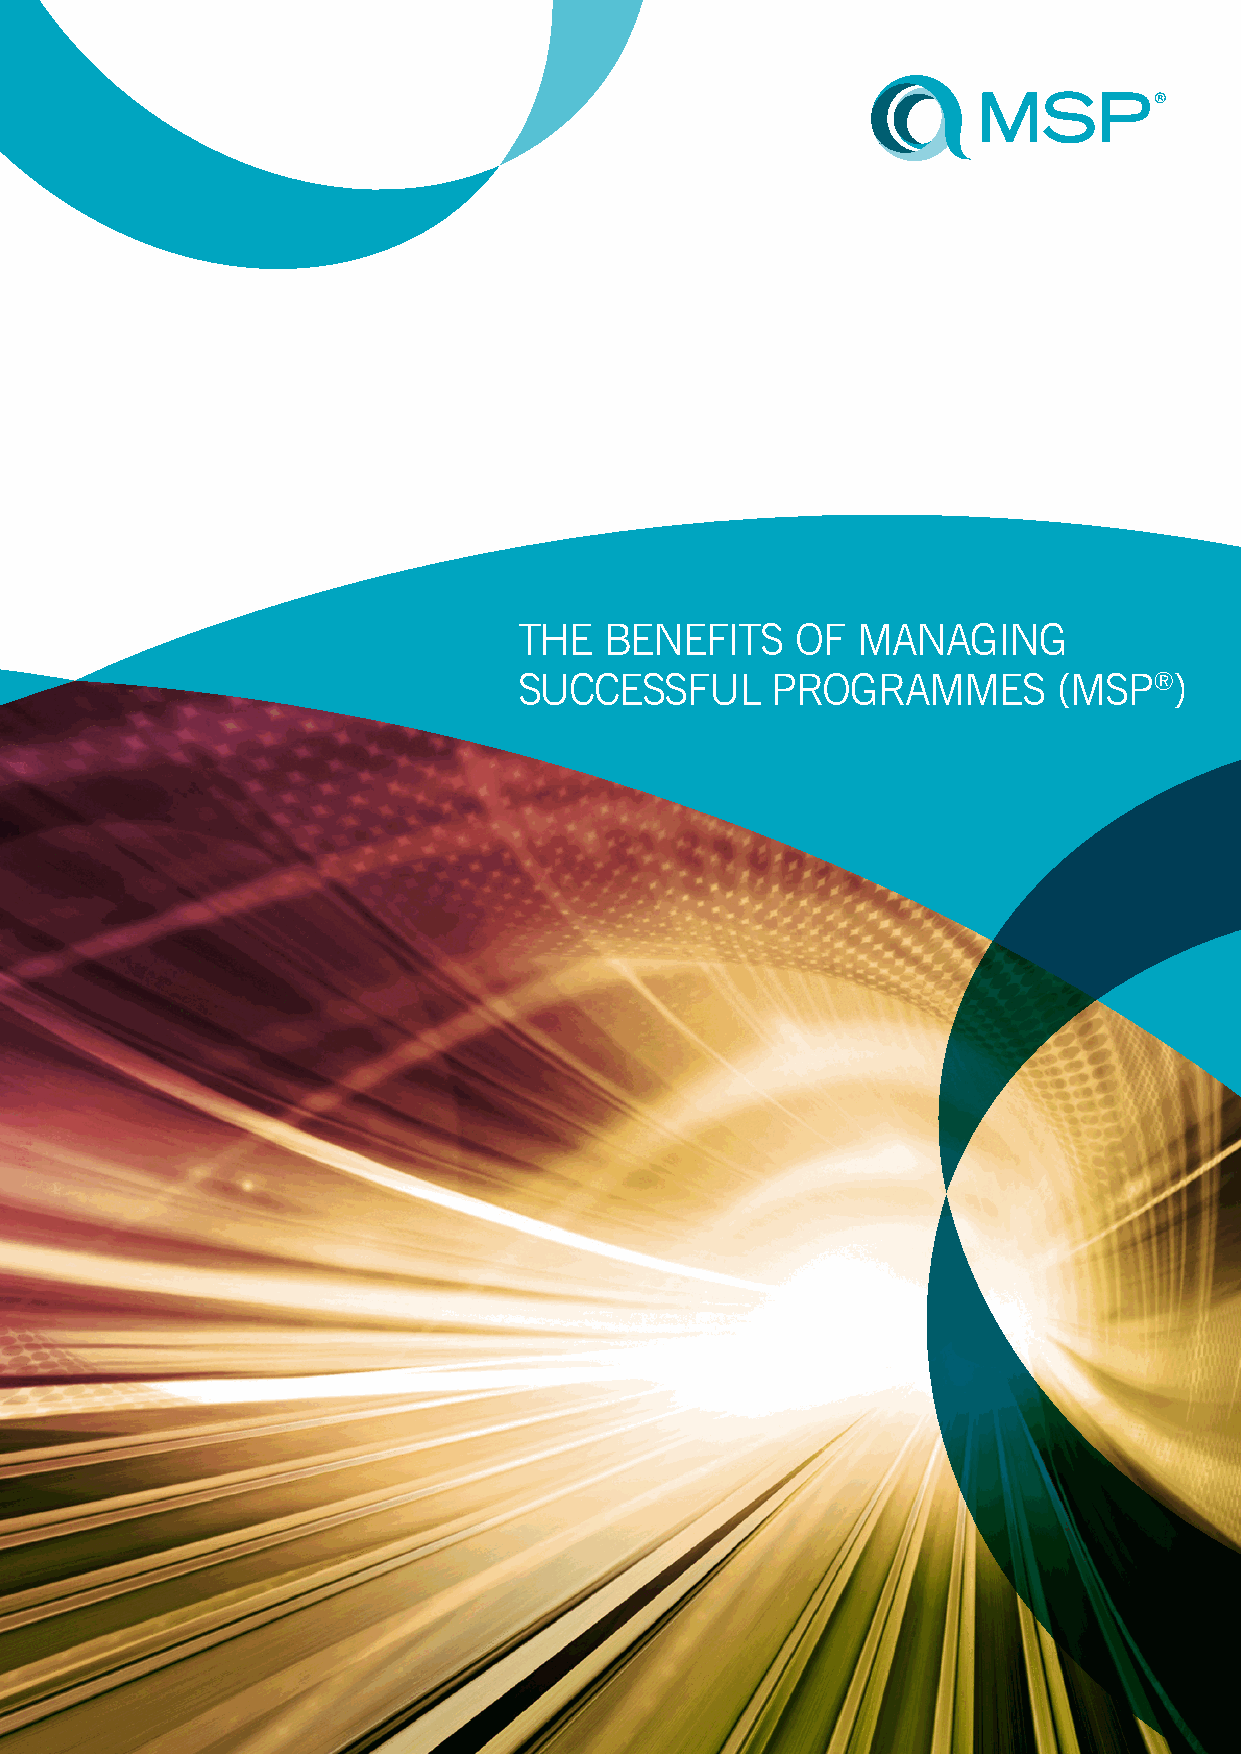
THE  BENEFITS     OF
 MANAGING      SUCCESSFUL
 PROGRAMMES        (MSP®)
 THE   BENEFITS     OF  MANAGING
 SUCCESSFUL       PROGRAMMES         (MSP®)